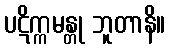
ပဋိက္ကမန္တု ဘူတာနိ။